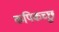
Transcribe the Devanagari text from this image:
कपिकच्छु